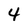
Character: 4